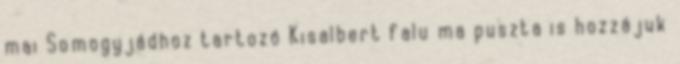
mai Somogyjádhoz tartozó Kisalbert falu ma puszta is hozzájuk